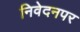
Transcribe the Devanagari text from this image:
निवेदनपर